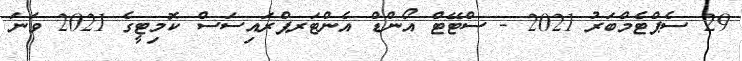
29 ސެޕްޓެމްބަރު 2021 - ސްޓޭޓް އޯންޑް އެންޓަރޕްރައިސަސް ކޮމިޓީގެ 2021 ވަނަ